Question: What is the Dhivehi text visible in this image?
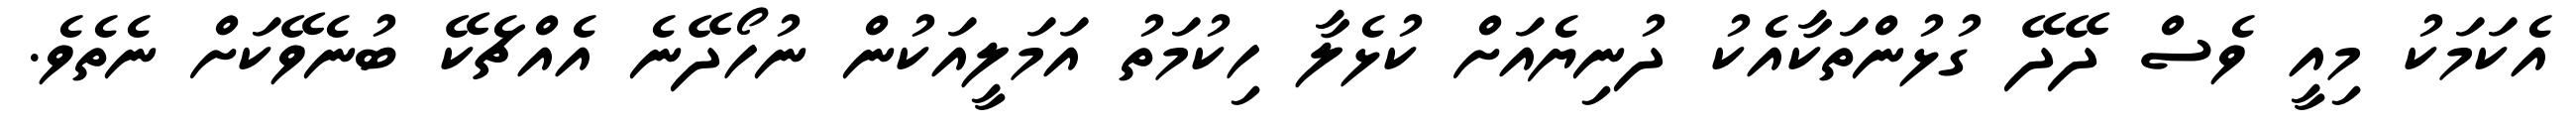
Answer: އެކަމަކު މިއީ ވެސް ދޭދޭ ގުޅުންތަކާއެކު ދުނިޔެއަށް ކުޅެލާ ހިކުމަތު އަމަލީއަކުން ނުހޯދޭނެ އެއްޗެކޭ ބުނެވޭކަށް ނެތެވެ.